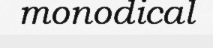
monodical